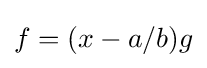
f=(x-a/b)g